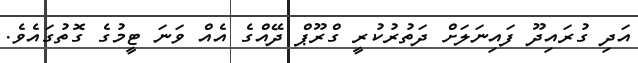
އަދި ގުރައިދޫ ފައިނަލަށް ދަތުރުކުރީ ގްރޫޕް ދޭއްގެ އެއް ވަނަ ޓީމުގެ ގޮތުގައެވެ.